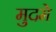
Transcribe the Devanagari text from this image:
मुदमे